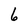
Character: 6